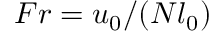
F r = u _ { 0 } / ( N l _ { 0 } )